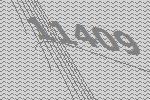
11409